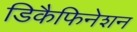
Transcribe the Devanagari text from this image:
डिकैफिनेशन